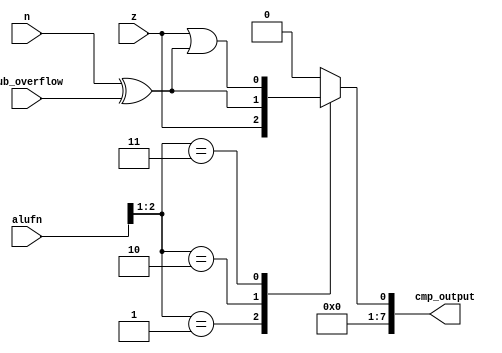
/*
   This file was generated automatically by the Mojo IDE version B1.3.4.
   Do not edit this file directly. Instead edit the original Lucid source.
   This is a temporary file and any changes made to it will be destroyed.
*/

module compare_mod_8 (
    input [5:0] alufn,
    input z,
    input sub_overflow,
    input n,
    output reg [7:0] cmp_output
  );
  
  
  
  reg cmp;
  
  always @* begin
    
    case (alufn[1+1-:2])
      2'h1: begin
        cmp = z;
      end
      2'h2: begin
        cmp = n ^ sub_overflow;
      end
      2'h3: begin
        cmp = z | (n ^ sub_overflow);
      end
      default: begin
        cmp = 1'h0;
      end
    endcase
    cmp_output[0+0-:1] = cmp;
    cmp_output[1+6-:7] = 7'h00;
  end
endmodule